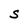
Character: S